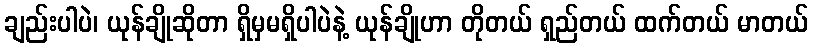
ချည်းပါပဲ၊ ယုန်ချိုဆိုတာ ရှိမှမရှိပါပဲနဲ့ ယုန်ချိုဟာ တိုတယ် ရှည်တယ် ထက်တယ် မာတယ်